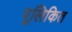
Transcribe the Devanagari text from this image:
पूलिकित